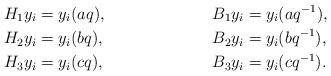
LaTeX: \begin{align*}H_{1} y_{i} &= y_{i} (a q), & B_{1} y_{i} &= y_{i} (a q^{-1}), \allowdisplaybreaks \\H_{2} y_{i} &= y_{i} (b q), & B_{2} y_{i} &= y_{i} (b q^{-1}), \allowdisplaybreaks \\H_{3} y_{i} &= y_{i} (c q), & B_{3} y_{i} &= y_{i} (c q^{-1}). \end{align*}